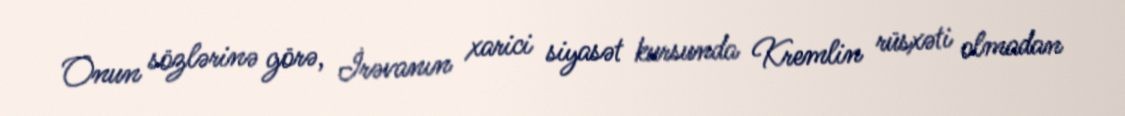
Onun sözlərinə görə, İrəvanın xarici siyasət kursunda Kremlin rüsxəti olmadan